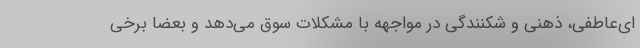
ای‌عاطفی، ذهنی و شکنندگی در مواجهه با مشکلات سوق می‌دهد و بعضا برخی